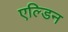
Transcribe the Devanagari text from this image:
एल्डिन